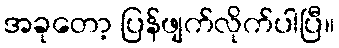
အခုတော့ ပြန်ဖျက်လိုက်ပါပြီ။